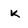
Character: k